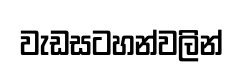
වැඩසටහන්වලින්